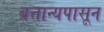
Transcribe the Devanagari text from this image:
ब्रत्तान्यपासून